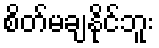
စိတ်မချနိုင်ဘူး